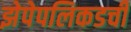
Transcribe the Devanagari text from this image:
झेपेपलिकडची